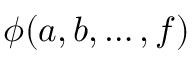
\phi ( a , b , \dots , f )